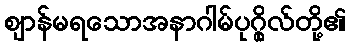
ဈာန်မရသောအနာဂါမ်ပုဂ္ဂိုလ်တို့၏